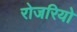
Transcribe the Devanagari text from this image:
रोजरियो